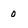
Character: 0